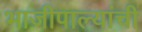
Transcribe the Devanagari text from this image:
भाजीपाल्यांची